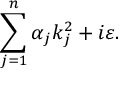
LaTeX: \sum _ { j = 1 } ^ { n } \alpha _ { j } k _ { j } ^ { 2 } + i \varepsilon .